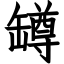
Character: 罇